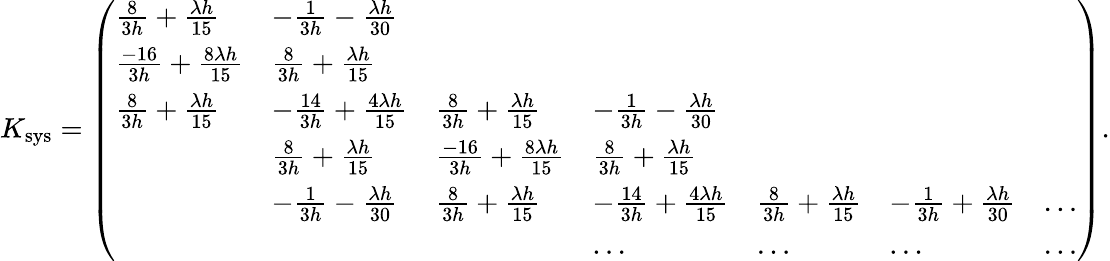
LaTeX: \begin{array}{r}{K_{\mathrm{sys}}=\left(\begin{array}{lllllll}{\frac{8}{3h}+\frac{\lambda h}{15}}&{-\frac{1}{3h}-\frac{\lambda h}{30}}&&&&&\\ {\frac{-16}{3h}+\frac{8\lambda h}{15}}&{\frac{8}{3h}+\frac{\lambda h}{15}}&&&&&\\ {\frac{8}{3h}+\frac{\lambda h}{15}}&{-\frac{14}{3h}+\frac{4\lambda h}{15}}&{\frac{8}{3h}+\frac{\lambda h}{15}}&{-\frac{1}{3h}-\frac{\lambda h}{30}}&&&\\ &{\frac{8}{3h}+\frac{\lambda h}{15}}&{\frac{-16}{3h}+\frac{8\lambda h}{15}}&{\frac{8}{3h}+\frac{\lambda h}{15}}&&&\\ &{-\frac{1}{3h}-\frac{\lambda h}{30}}&{\frac{8}{3h}+\frac{\lambda h}{15}}&{-\frac{14}{3h}+\frac{4\lambda h}{15}}&{\frac{8}{3h}+\frac{\lambda h}{15}}&{-\frac{1}{3h}+\frac{\lambda h}{30}}&{\dots}\\ &&&{\dots}&{\dots}&{\dots}&{\dots}\end{array}\right).}\end{array}